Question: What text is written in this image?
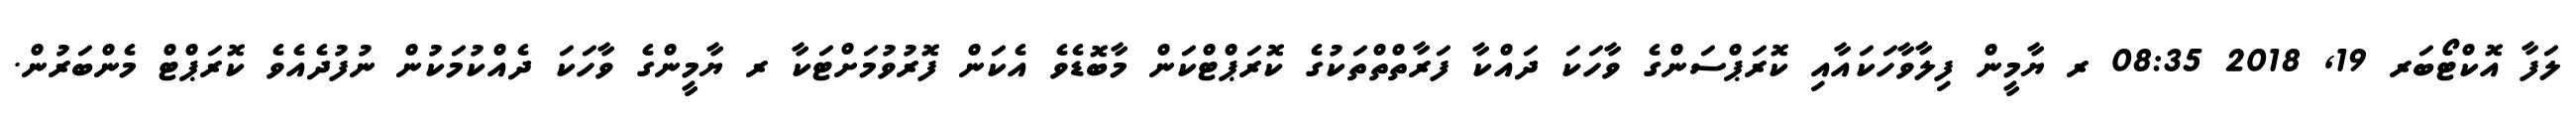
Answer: ލަފާ އޮކްޓޯބަރ 19, 2018 08:35 ރ ޔާމީން ފިލާވާހަކައާއި ކޮރަޕްސަންގެ ވާހަކަ ދައްކާ ފަރާތްތްތަކުގެ ކޮރަޕްޓްކަން މާބޮޑެވެ އެކަން ފޮރުވުމަށްޓަކާ ރ ޔާމީންގެ ވާހަކަ ދެއްކުމަކުން ނުފުދެއެވެ ކޮރަޕްޓް މެންބަރުން.